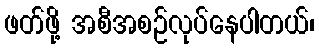
ဖတ်ဖို့ အစီအစဉ်လုပ်နေပါတယ်၊